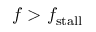
f > f _ { \mathrm { s t a l l } }